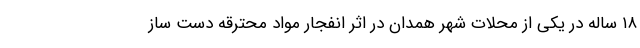
۱۸ ساله در یکی از محلات شهر همدان در اثر انفجار مواد محترقه دست ساز